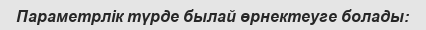
Параметрлік түрде былай өрнектеуге болады: